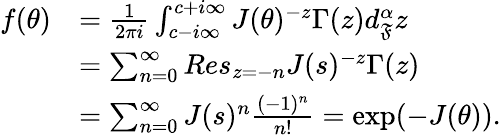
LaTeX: \begin{array}{rl}{f(\theta)}&{=\frac{1}{2\pi i}\int_{c-i\infty}^{c+i\infty}J(\theta)^{-z}\Gamma(z)d_{\mathfrak{F}}^{\alpha}z}\\ &{=\sum_{n=0}^{\infty}Res_{z=-n}J(s)^{-z}\Gamma(z)}\\ &{=\sum_{n=0}^{\infty}J(s)^{n}\frac{(-1)^{n}}{n!}=\exp(-J(\theta)).}\end{array}